Annual administration report of the Civil Veterinary Department of India - 1898-1899
Year: 1898
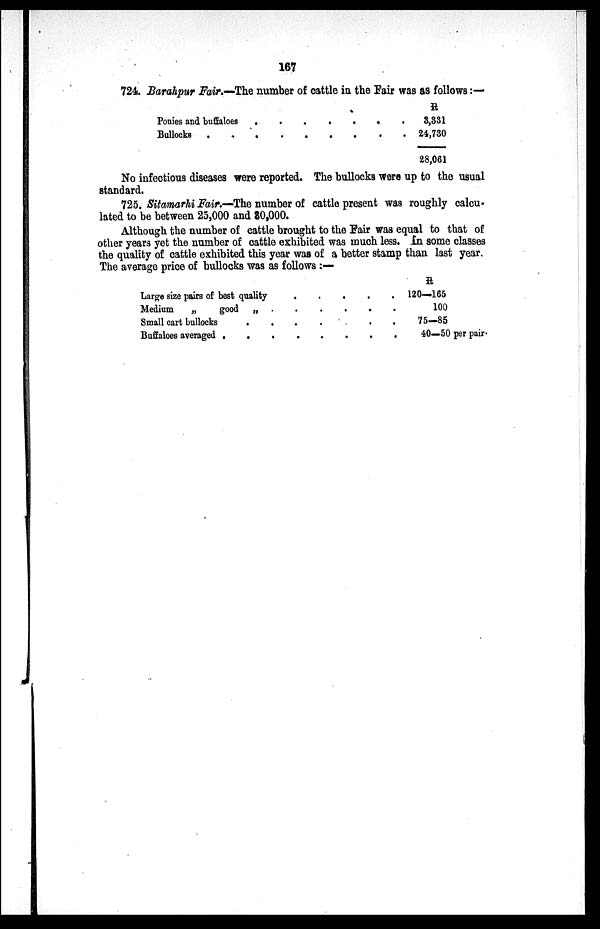
167
724. Barahpur Fair.—The number of cattle in the Fair was as follows:—
Ponies and buffaloes . . . . . . . .
Bullocks . . . . . . . . . .
R
3,331
24,730
28,061
No infectious diseases were reported. The bullocks were up to the usual
standard.
725. Sitamarhi Fair.—The number of cattle present was roughly calcu-
lated to be between 25,000 and 80,000.
Although the number of cattle brought to the Fair was equal to that of
other years yet the number of cattle exhibited was much less. In some classes
the quality of cattle exhibited this year was of a better stamp than last year.
The average price of bullocks was as follows :—
Large size pairs of best quality . . . . . .
Medium
„
good „ . . . . . .
Small cart bullocks . . . . . . . .
Buffaloes averaged . . . . . . . .
ft
120—165
100
75—85
40—50 per pair.